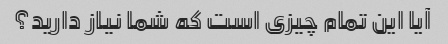
آیا این تمام چیزی است که شما نیاز دارید؟